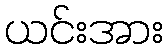
ယင်းအား